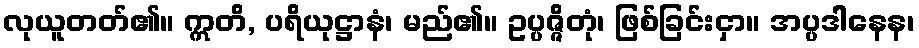
လုယူတတ်၏။ ဣတိ, ပရိယုဋ္ဌာနံ၊ မည်၏။ ဥပ္ပဇ္ဇိတုံ၊ ဖြစ်ခြင်းငှာ။ အပ္ပဒါနေန၊